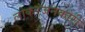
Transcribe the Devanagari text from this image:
लोकरंजनकारी